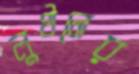
লুণ্ঠনের